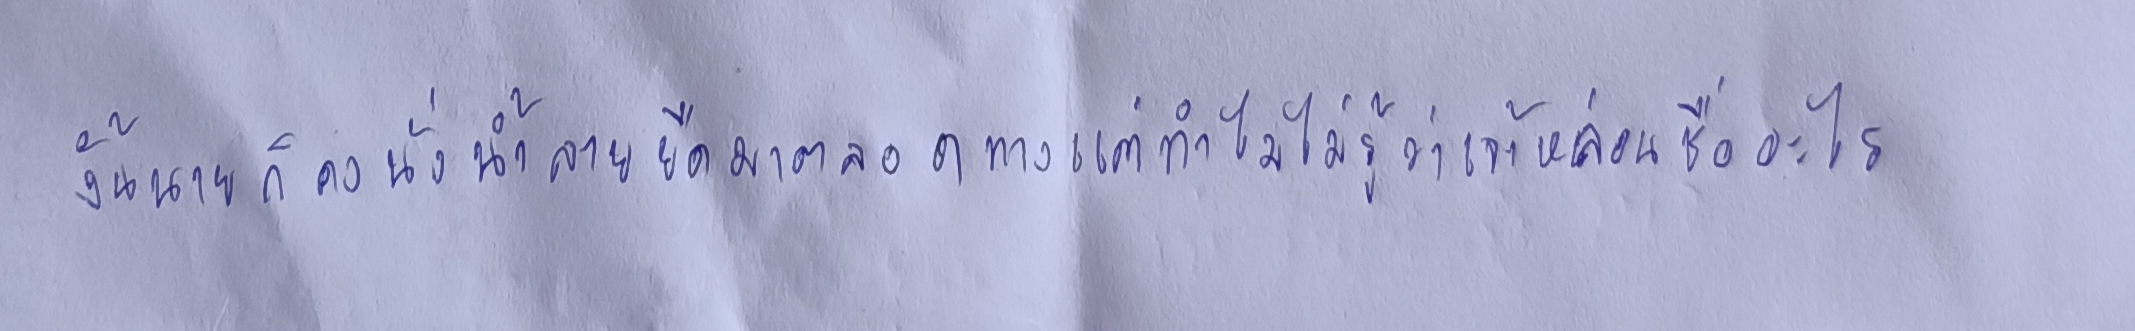
"งั้นนายก็คงนั่งน้ำลายยืดมาตลอดทางแต่ทำไมไม่รู้ว่าเจ้าหล่อนชื่ออะไร??